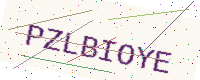
Text: PZLBIOYE